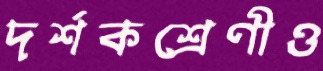
দর্শকশ্রেণীও